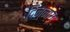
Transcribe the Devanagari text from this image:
दिन्नाग